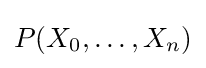
P(X_{0},\ldots ,X_{n})